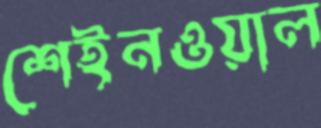
শেইনওয়াল